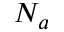
N _ { a }